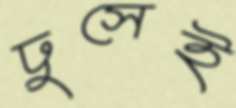
ঢুসেই